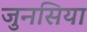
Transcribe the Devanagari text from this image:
जुनसिया